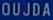
OUJDA